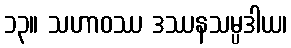
၁၃။ သဟာဝဿ ဒဿနသမ္ပဒါယ၊